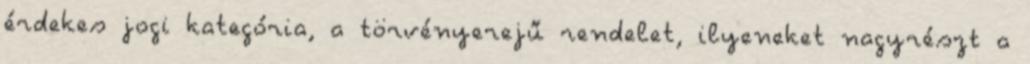
érdekes jogi kategória, a törvényerejű rendelet, ilyeneket nagyrészt a